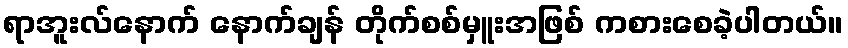
ရာအူးလ်နောက် နောက်ချန် တိုက်စစ်မှူးအဖြစ် ကစားစေခဲ့ပါတယ်။